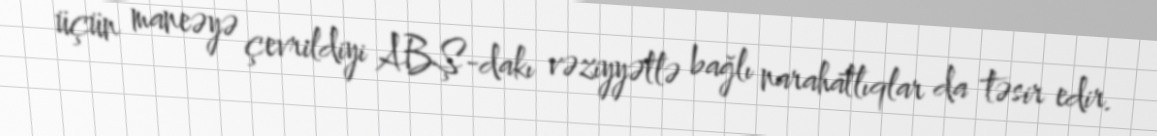
üçün maneəyə çevrildiyi ABŞ-dakı vəziyyətlə bağlı narahatlıqlar da təsir edir.